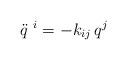
LaTeX: \begin{align*}\ddot{q}^{\ i} = - k_{ij} \,q^j\end{align*}